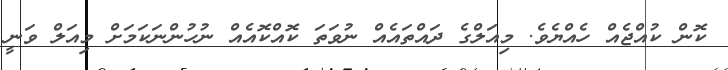
ކޮން ކުއްޖެއް ހެއްޔެވެ. މިއަލްގެ ދައްތައެއް ނުވަތަ ކޮއްކޮއެއް ނުހުންނަކަމަށް މިއަލް ވަނީ